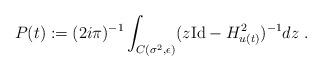
LaTeX: \begin{align*} P(t):=(2i\pi)^{-1}\int_{C(\sigma^2,\epsilon)}(z\mathrm{Id} -H_{u(t)}^2)^{-1}dz\ .\end{align*}